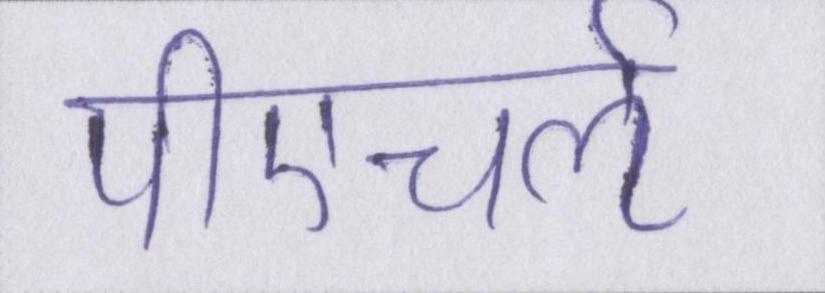
पीएचर्ऌ